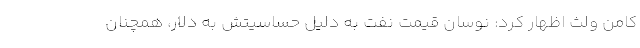
کامن ولث اظهار کرد: نوسان قیمت نفت به دلیل حساسیتش به دلار، همچنان